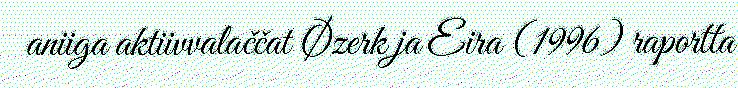
aniiga aktiivvalaččat Øzerk ja Eira (1996) raportta